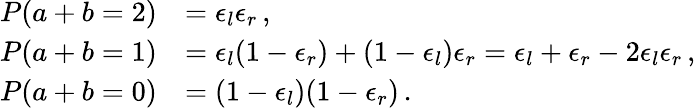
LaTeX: \begin{array}{rl}{P(a+b=2)}&{=\epsilon_{l}\epsilon_{r}\, ,}\\ {P(a+b=1)}&{=\epsilon_{l}(1-\epsilon_{r})+(1-\epsilon_{l})\epsilon_{r}=\epsilon_{l}+\epsilon_{r}-2\epsilon_{l}\epsilon_{r}\, ,}\\ {P(a+b=0)}&{=(1-\epsilon_{l})(1-\epsilon_{r})\, .}\end{array}